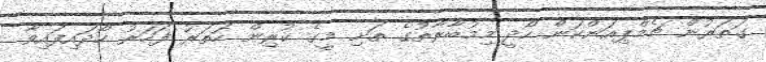
ގަތަރުން ޗެމްޕިއަންކަން ހޯދީ މިމުބާރާތުގެ ތަށި މީގެ ކުރިން ހަތަރު ފަހަރު ހޯދައިފައިވާ